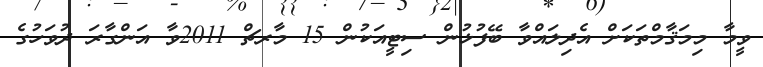
ވީމާ މިމަޤާމްތަކަށް އެދިލައްވާ ބޭފުޅުން ސިޓީއަކުން 15 މާރޗް 2011ވާ އަންގާރަ ދުވަހުގެ